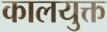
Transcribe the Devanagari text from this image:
कालयुक्त